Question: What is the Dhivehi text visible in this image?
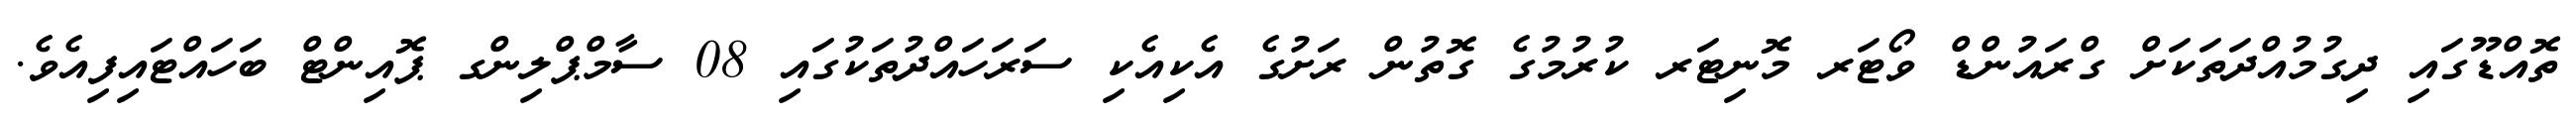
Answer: ތޮއްޑޫގައި ދިގުމުއްދަތަކަށް ގްރައުންޑް ވޯޓަރ މޮނިޓަރ ކުރުމުގެ ގޮތުން ރަށުގެ އެކިއެކި ސަރަހައްދުތަކުގައި 08 ސާމްޕްލިންގ ޕޮއިންޓް ބަހައްޓައިފިއެވެ.